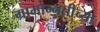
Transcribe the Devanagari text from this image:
ग्रामोन्नतीच्या